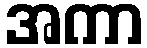
အကာ